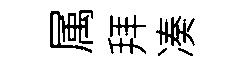
属拜凑